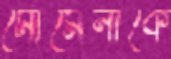
মোমেনাকে